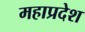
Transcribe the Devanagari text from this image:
महाप्रदेश